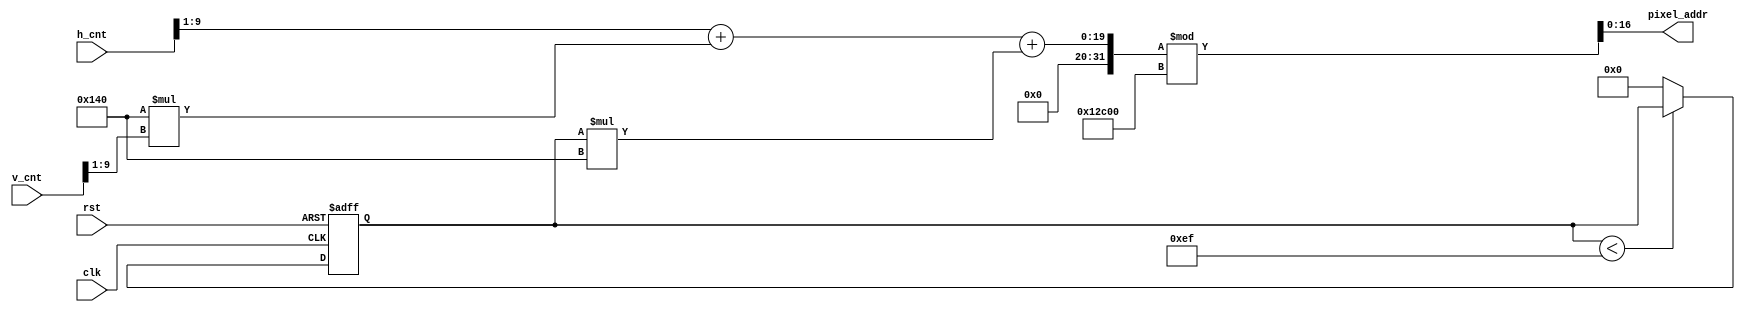
`timescale 1ns / 1ps
//////////////////////////////////////////////////////////////////////////////////
// Company: 
// Engineer: 
// 
// Design Name: 
// Module Name: mem_addr_gen
// Project Name: 
// Target Devices: 
// Tool Versions: 
// Description: 
// 
// Dependencies: 
// 
// Revision:
// Revision 0.01 - File Created
// Additional Comments:
// 
//////////////////////////////////////////////////////////////////////////////////


module mem_addr_gen(
   input clk,
   input rst,
   input [9:0] h_cnt,
   input [9:0] v_cnt,
   output [16:0] pixel_addr
   );
    
   reg [7:0] position;
  
   assign pixel_addr = ((h_cnt>>1)+320*(v_cnt>>1)+ position*320 )% 76800;  //640*480 --> 320*240 

   always @ (posedge clk or posedge rst) begin
      if(rst)
          position <= 0;
       else if(position < 239)
           position <= position;
       else
           position <= 0;
   end
    
endmodule